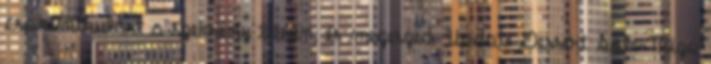
csokimikulást a szekrény tetején, és megeszed. Update Dessert Sole-Mizo